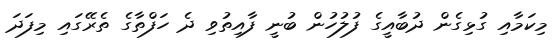
މިކަމާއި ގުޅިގެން ދުބާއީގެ ފުލުހުން ބުނީ ފާއިތުވި ދެ ހަފްތާގެ ތެރޭގައި މިފަދަ